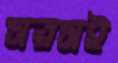
সরসই